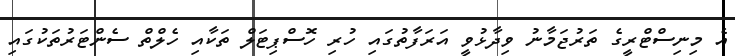
އެ މިނިސްޓްރީގެ ތަރުޖަމާނު ވިދާޅުވީ އަރަފާތުގައި ހުރި ހޮސްޕިޓަލް ތަކާއި ހެލްތް ސެންޓަރުތަކުގައި